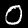
Digit: 0